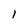
Character: l